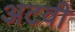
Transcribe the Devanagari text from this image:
अटवी